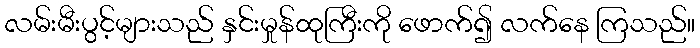
လမ်းမီးပွင့်များသည် နှင်းမှုန်ထုကြီးကို ဖောက်၍ လက်နေ ကြသည်။